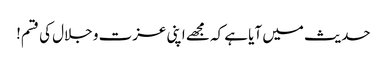
حدیث میں آیا ہے کہ مجھے اپنی عزت و جلال کی قسم!